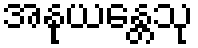
အနုယန္တေသု